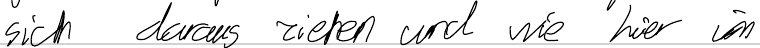
sich daraus ziehen und wie hier in